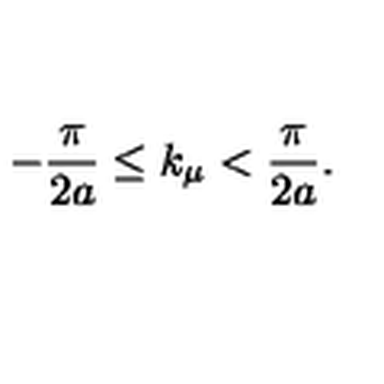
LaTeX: - \frac { \pi } { 2 a } \leq k _ { \mu } < \frac { \pi } { 2 a } .